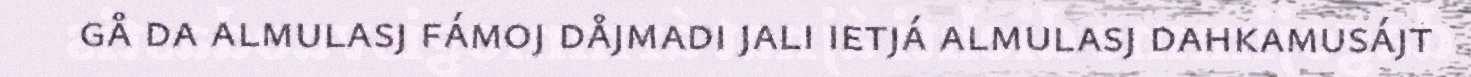
gå da almulasj fámoj dåjmadi jali ietjá almulasj dahkamusájt